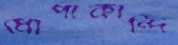
ধোপাকান্দি